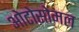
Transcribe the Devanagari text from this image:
ओटोसोमल